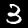
Label: 3